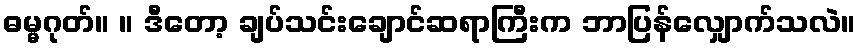
ဓမ္မဂုတ်။ ။ ဒီတော့ ချပ်သင်းချောင်ဆရာကြီးက ဘာပြန်လျှောက်သလဲ။